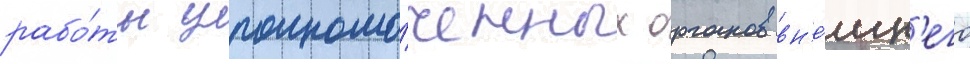
рабо́ты уполномо́ченных органов вн'е́шн'его